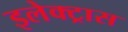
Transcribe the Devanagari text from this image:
इलेक्‍ट्रास